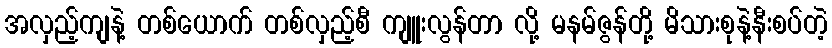
အလှည့်ကျနဲ့ တစ်ယောက် တစ်လှည့်စီ ကျူးလွန်တာ လို့ မနမ်ဇွန်တို့ မိသားစုနဲ့နီးစပ်တဲ့